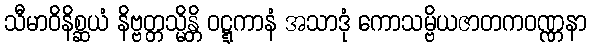
သီမာဝိနိစ္ဆယံ နိဗ္ဗတ္တသ္မိန္တိ ဝဋ္ဋကာနံ အသာဒုံ ကောသမ္ဗိယဇာတကဝဏ္ဏနာ